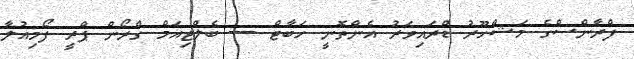
ފްރާންސްގެ މަޝްހޫރު ޑްރައިވަރު އެންތޮނީ ހަބާޓް ---- ބެލްޖިއަމް ގްރޯން ޕްރީ ފޯމިއުލާ